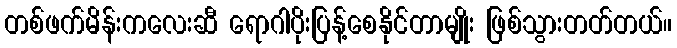
တစ်ဖက်မိန်းကလေးဆီ ရောဂါပိုးပြန့်စေနိုင်တာမျိုး ဖြစ်သွားတတ်တယ်။